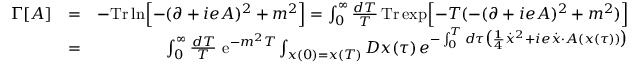
\begin{array} { r l r } { \Gamma [ A ] } & { = } & { - \mathrm { \mathrm { T r } \, } \mathrm { l n } \Bigl \lbrack - ( \partial + i e A ) ^ { 2 } + m ^ { 2 } \Bigr \rbrack = \int _ { 0 } ^ { \infty } \frac { d T } { T } \, \mathrm { T r } \, \mathrm { e x p } \Bigl \lbrack - T ( - ( \partial + i e A ) ^ { 2 } + m ^ { 2 } ) \Bigr \rbrack } \\ & { = } & { \int _ { 0 } ^ { \infty } \frac { d T } { T } \, \, \mathrm { e } ^ { - m ^ { 2 } T } \int _ { x ( 0 ) = x ( T ) } { \cal D } x ( \tau ) \, e ^ { - \int _ { 0 } ^ { T } d \tau \bigl ( { \frac { 1 } { 4 } } \dot { x } ^ { 2 } + i e \dot { x } \cdot A ( x ( \tau ) ) \bigr ) } } \end{array}